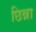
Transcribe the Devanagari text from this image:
छिन्ना